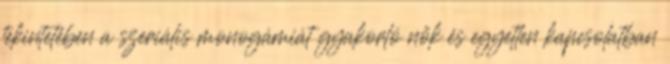
tekintetében a szeriális monogámiát gyakorló nők és egyetlen kapcsolatban